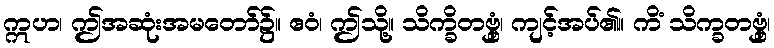
ဣဟ၊ ဤအဆုံးအမတော်၌။ ဧဝံ၊ ဤသို့။ သိက္ခိတဗ္ဗှံ၊ ကျင့်အပ်၏။ ကိံ သိက္ခတဗ္ဗှံ၊